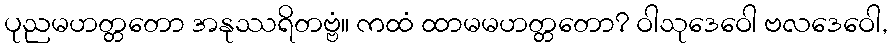
ပုညမဟတ္တတော အနုဿရိတဗ္ဗံ။ ကထံ ထာမမဟတ္တတော? ဝါသုဒေဝေါ ဗလဒေဝေါ,